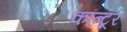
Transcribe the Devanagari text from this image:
कॉन्टूर